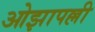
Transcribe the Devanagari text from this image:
ओझापल्ली